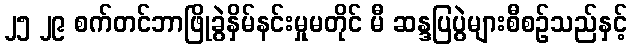
၂၅ ၂၉ စက်တင်ဘာဖြိုခွဲနှိမ်နင်းမှုမတိုင် မီ ဆန္ဒပြပွဲများစီစဉ်သည်နှင့်